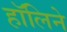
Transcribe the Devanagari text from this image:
हॉलिने